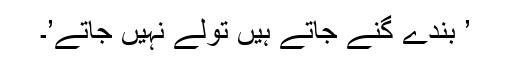
’ بندے گنے جاتے ہیں تولے نہیں جاتے’۔